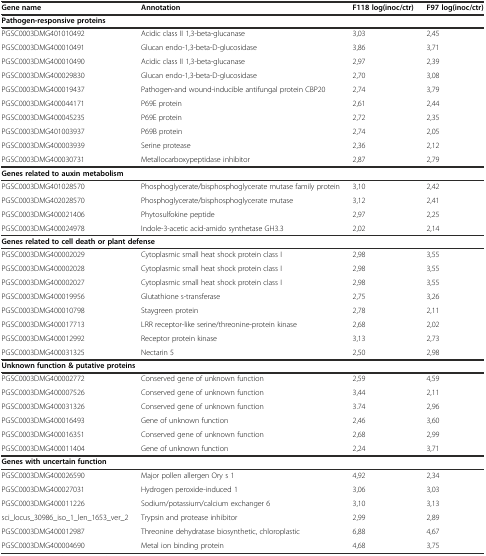
<table><thead><tr><td><b>Gene name</b></td><td><b>Annotation</b></td><td><b>F118 log(inoc/ctr)</b></td><td><b>F97 log(inoc/ctr)</b></td></tr></thead><tbody><tr><td colspan="4"><b>Pathogen-responsive proteins</b></td></tr><tr><td>PGSC0003DMG401010492</td><td>Acidic class II 1,3-beta-glucanase</td><td>3,03</td><td>2,45</td></tr><tr><td>PGSC0003DMG400010491</td><td>Glucan endo-1,3-beta-D-glucosidase</td><td>3,86</td><td>3,71</td></tr><tr><td>PGSC0003DMG400010490</td><td>Acidic class II 1,3-beta-glucanase</td><td>2,97</td><td>2,39</td></tr><tr><td>PGSC0003DMG400029830</td><td>Glucan endo-1,3-beta-D-glucosidase</td><td>2,70</td><td>3,08</td></tr><tr><td>PGSC0003DMG400019437</td><td>Pathogen-and wound-inducible antifungal protein CBP20</td><td>2,74</td><td>3,79</td></tr><tr><td>PGSC0003DMG400044171</td><td>P69E protein</td><td>2,61</td><td>2,44</td></tr><tr><td>PGSC0003DMG400045235</td><td>P69E protein</td><td>2,72</td><td>2,35</td></tr><tr><td>PGSC0003DMG401003937</td><td>P69B protein</td><td>2,74</td><td>2,05</td></tr><tr><td>PGSC0003DMG400003939</td><td>Serine protease</td><td>2,36</td><td>2,12</td></tr><tr><td>PGSC0003DMG400030731</td><td>Metallocarboxypeptidase inhibitor</td><td>2,87</td><td>2,79</td></tr><tr><td colspan="4"><b>Genes related to auxin metabolism</b></td></tr><tr><td>PGSC0003DMG401028570</td><td>Phosphoglycerate/bisphosphoglycerate mutase family protein</td><td>3,10</td><td>2,42</td></tr><tr><td>PGSC0003DMG402028570</td><td>Phosphoglycerate/bisphosphoglycerate mutase</td><td>3,12</td><td>2,41</td></tr><tr><td>PGSC0003DMG400021406</td><td>Phytosulfokine peptide</td><td>2,97</td><td>2,25</td></tr><tr><td>PGSC0003DMG400024978</td><td>Indole-3-acetic acid-amido synthetase GH3.3</td><td>2,02</td><td>2,14</td></tr><tr><td colspan="4"><b>Genes related to cell death or plant defense</b></td></tr><tr><td>PGSC0003DMG400002029</td><td>Cytoplasmic small heat shock protein class I</td><td>2,98</td><td>3,55</td></tr><tr><td>PGSC0003DMG400002028</td><td>Cytoplasmic small heat shock protein class I</td><td>2,98</td><td>3,55</td></tr><tr><td>PGSC0003DMG400002027</td><td>Cytoplasmic small heat shock protein class I</td><td>2,98</td><td>3,55</td></tr><tr><td>PGSC0003DMG400019956</td><td>Glutathione s-transferase</td><td>2,75</td><td>3,26</td></tr><tr><td>PGSC0003DMG400010798</td><td>Staygreen protein</td><td>2,78</td><td>2,11</td></tr><tr><td>PGSC0003DMG400017713</td><td>LRR receptor-like serine/threonine-protein kinase</td><td>2,68</td><td>2,02</td></tr><tr><td>PGSC0003DMG400012992</td><td>Receptor protein kinase</td><td>3,13</td><td>2,73</td></tr><tr><td>PGSC0003DMG400031325</td><td>Nectarin 5</td><td>2,50</td><td>2,98</td></tr><tr><td colspan="4"><b>Unknown function &amp; putative proteins</b></td></tr><tr><td>PGSC0003DMG400002772</td><td>Conserved gene of unknown function</td><td>2,59</td><td>4,59</td></tr><tr><td>PGSC0003DMG400007526</td><td>Conserved gene of unknown function</td><td>3,44</td><td>2,11</td></tr><tr><td>PGSC0003DMG400031326</td><td>Conserved gene of unknown function</td><td>3.74</td><td>2,96</td></tr><tr><td>PGSC0003DMG400016493</td><td>Gene of unknown function</td><td>2,46</td><td>3,60</td></tr><tr><td>PGSC0003DMG400016351</td><td>Conserved gene of unknown function</td><td>2,68</td><td>2,99</td></tr><tr><td>PGSC0003DMG400011404</td><td>Gene of unknown function</td><td>2,24</td><td>3,71</td></tr><tr><td colspan="4"><b>Genes with uncertain function</b></td></tr><tr><td>PGSC0003DMG400026590</td><td>Major pollen allergen Ory s 1</td><td>4,92</td><td>2,34</td></tr><tr><td>PGSC0003DMG400027031</td><td>Hydrogen peroxide-induced 1</td><td>3,06</td><td>3,03</td></tr><tr><td>PGSC0003DMG400011226</td><td>Sodium/potassium/calcium exchanger 6</td><td>3,10</td><td>3,13</td></tr><tr><td>sci_locus_30986_iso_1_len_1653_ver_2</td><td>Trypsin and protease inhibitor</td><td>2,99</td><td>2,89</td></tr><tr><td>PGSC0003DMG400012987</td><td>Threonine dehydratase biosynthetic, chloroplastic</td><td>6,88</td><td>4,67</td></tr><tr><td>PGSC0003DMG400004690</td><td>Metal ion binding protein</td><td>4,68</td><td>3,75</td></tr></tbody></table>